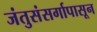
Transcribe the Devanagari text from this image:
जंतुसंसर्गापासून